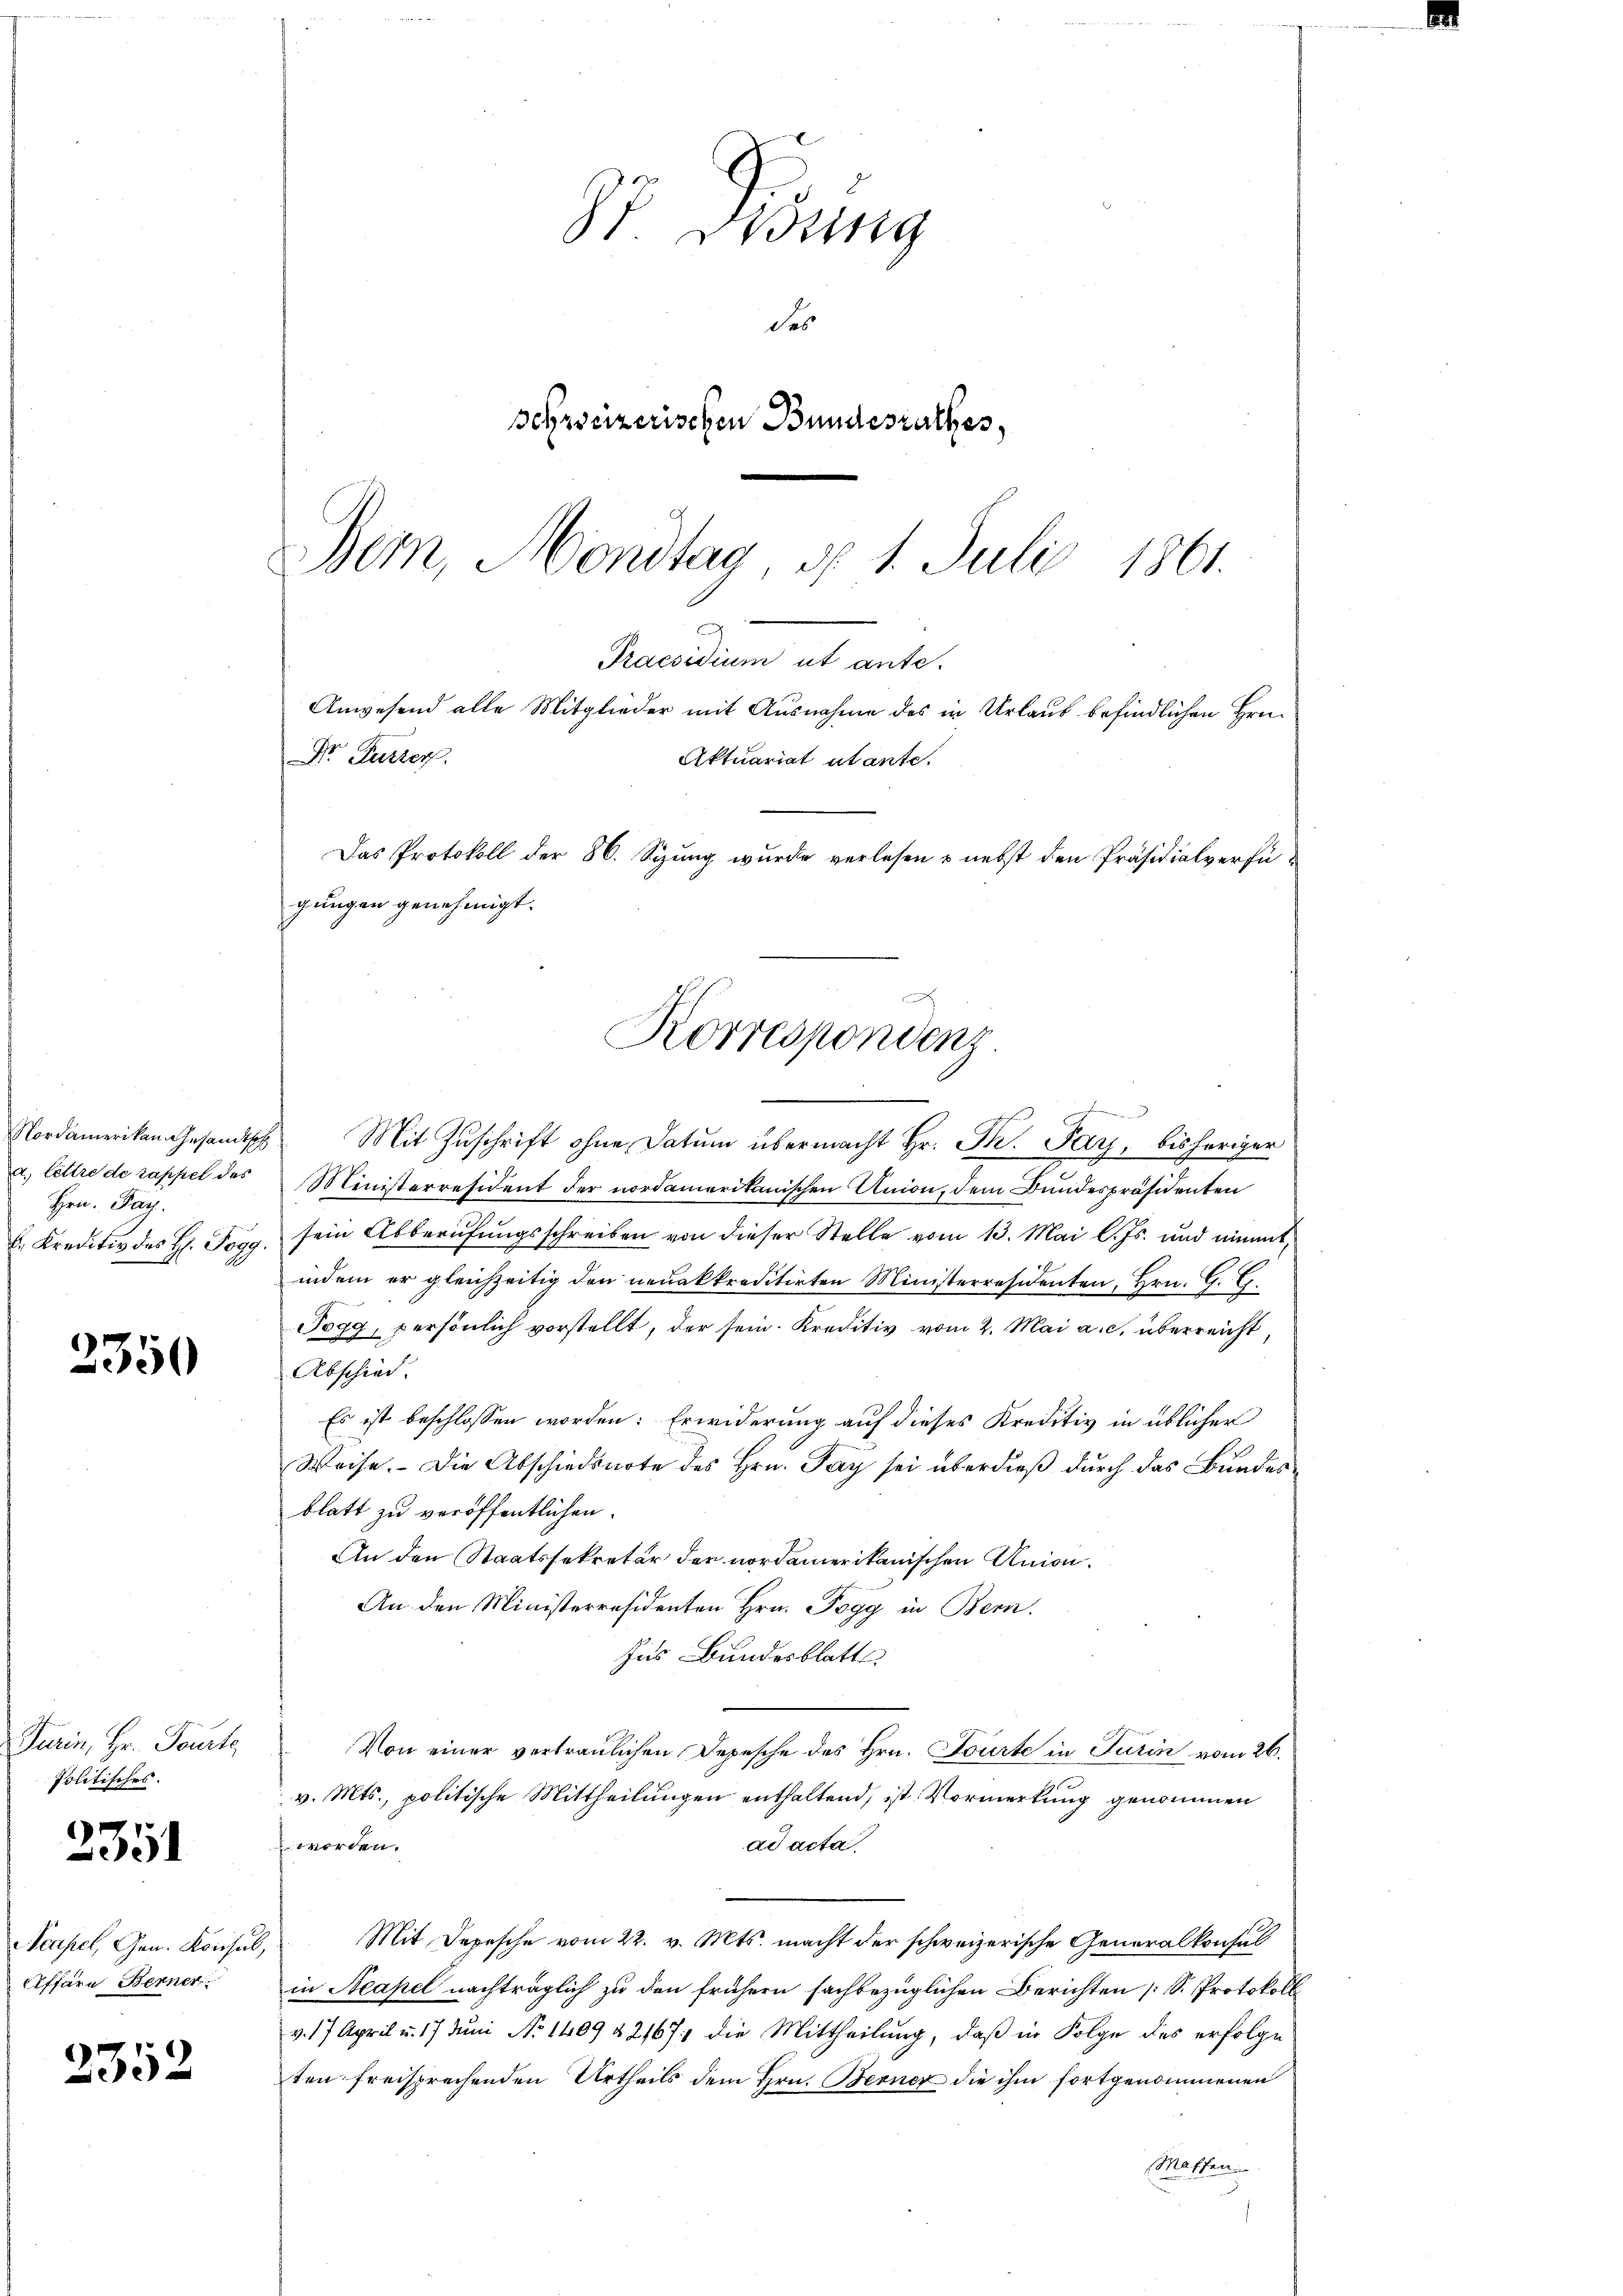
Hrn. Pay
E Kreditiv des H. Pogg.

2350

Turin, Hr. Toute,
Politisches.

2351

2352

Sp. Weing
des
schreizerischen Bundesrathes,

Bern, Mondtag, d. 1. Juli 1861.
2
Praesidium ut ante.
Anwesend alle Mitglieder mit Ausnahme des in Urlaub befindlichen Hrn.
Dr. Furrer
Aktuariat utante.
Das Protokoll der 86. Sizung wurde verlesen & nebst den Präsidialverfügungen genehmigt.
¬
Korrespondenz

Nordamerikan gesandtsche Mit Zŭschrift ohne Datum übermacht Hr. P. Pay, bisheriger
a. Lettre de rappel des Ministerresident der nordamerikanischen Union, dem Bundespräsidenten
sein Abberufungsschreiben von dieser Stelle vom 13. Mai l. Js. und nimmt,
indem er gleichzeitig den neuakkreditirten Ministerresidenten, Hrn. G. G.
Togg, persönlich vorstellt, der sein. Kreditiv vom 2. Mai a. c. überreicht,
Abschied.
Es ist beschlossen worden: Erwiderung auf dieses Kreditiv in üblicher
Weise. Die Abschiedsnote des Hrn. Pay sei überdieß durch das Bundesblatt zu veröffentlichen.
An den Staatssekretär der nordamerikanischen Union.
An den Ministerresidenten Hrn. Pogg in Bern.
Ins Bundesblatt
Von einer vertraulichen Depesche des Hrn. Tourte in Turin vom 26.
v. Mts., politische Mittheilungen enthaltend, ist Vormerkung genommen
worden.
ad acta.
Acapel, Gen. Konsul, Mit Depesche vom 22. v. Mts. macht der schweizerische Generalkonsul
Affäre Berner in Neapel nachträglich zu den frühern sachbezüglichen Berichten [S. Protokoll
v. 17 April u. 17 Jŭni No 1409 & 2167 die Mittheilŭng, daβ in Folge des erfolge
ten freisprechenden Urtheils dem Hrn. Berner die ihm fortgenommenen
Massen